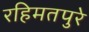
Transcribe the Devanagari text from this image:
रहिमतपुरे